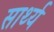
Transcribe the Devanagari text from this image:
सार्थ्य